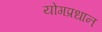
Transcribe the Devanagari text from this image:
योगप्रधान